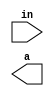
module BCD_4_8(
    input [3:0]in,
    output reg [7:0]a
    );
    always @(in)
        begin
            if (in==4'b0000) out = 8'b00000000;
            else if (in==4'b0001) out = 8'b00000001;
            else if (in==4'b0010) out = 8'b00000010;
            else if (in==4'b0011) out = 8'b00000011;
            else if (in==4'b0100) out = 8'b00000100;
            else if (in==4'b0101) out = 8'b00000101;
            else if (in==4'b0110) out = 8'b00000110;
            else if (in==4'b0111) out = 8'b00000111;
            else if (in==4'b1000) out = 8'b00001000;
            else if (in==4'b1001) out = 8'b00001001;
            else if (in==4'b1010) out = 8'b00010000;
            else if (in==4'b1011) out = 8'b00010001;
            else if (in==4'b1100) out = 8'b00010010;
            else if (in==4'b1101) out = 8'b00010011;
            else if (in==4'b1110) out = 8'b00010100;
            else if (in==4'b1111) out = 8'b00010101;
            else out=7'bX;

        end

endmodule